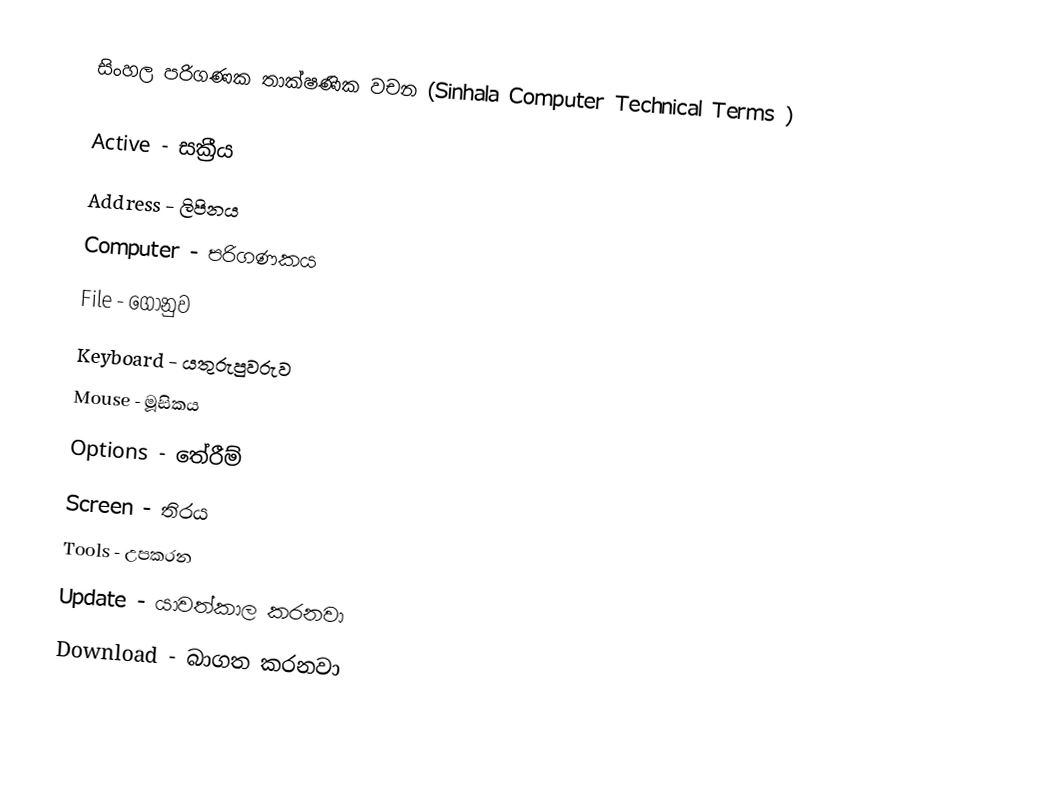
සිංහල  පරිගණක තාක්ෂණික වචන  (Sinhala Computer Technical Terms )

Active - සක්‍රීය
Address - ලිපිනය
Computer - පරිගණකය
File - ගොනුව
Keyboard - යතුරුපුවරුව
Mouse - මූසිකය
Options - තේරීම්
Screen - තිරය
Tools - උපකරන
Update - යාවත්කාල කරනවා
Download - බාගත කරන⁣වා